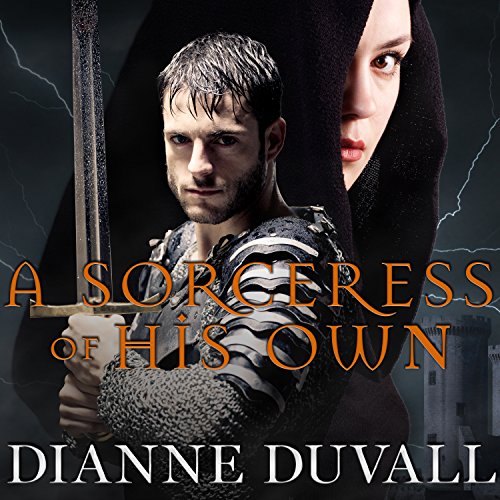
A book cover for A Sorceress of His Own: Gifted Ones, Book 1; Dianne Duvall; Romance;